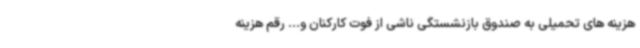
هزینه های تحمیلی به صندوق بازنشستگی ناشی از فوت کارکنان و... رقم هزینه